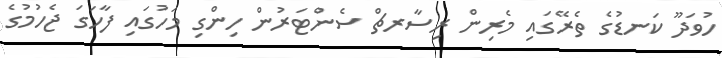
ހުވަދޫ ކަނޑުގެ ތެރޭގައި މެރިން ރިސާރޗް ސެންޓަރުން ހިންގި މަހުގައި ފާހަގަ ޖެހުމުގެ